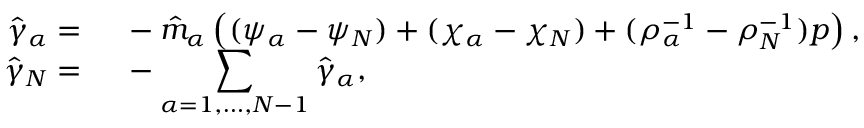
\begin{array} { r l } { \hat { \gamma } _ { \alpha } = } & { { } ~ - \hat { m } _ { \alpha } \left( ( \psi _ { \alpha } - \psi _ { N } ) + ( \chi _ { \alpha } - \chi _ { N } ) + ( \rho _ { \alpha } ^ { - 1 } - \rho _ { N } ^ { - 1 } ) p \right) , } \\ { \hat { \gamma } _ { N } = } & { { } ~ - \displaystyle \sum _ { \alpha = 1 , \dots , N - 1 } \hat { \gamma } _ { \alpha } , } \end{array}